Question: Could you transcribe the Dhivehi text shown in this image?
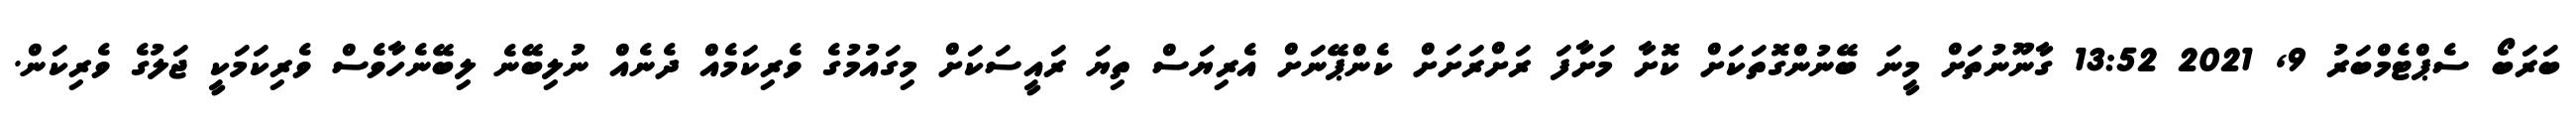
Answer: ބަރަބޯ ސެޕްޓެމްބަރު 9, 2021 13:52 ގާނޫނުތަށް މީނަ ބޭނުންގޮތަކަށް ކޮށާ މަށާފަ ރަށްރަށަށް ކެންޕޭނަށް އެރިޔަސް ތިޔަ ރައީސަކަށް މިގައުމުގެ ވެރިކަމެއް ދެނެއް ނުލިބޭނެ ލިބޭނެހާވެސް ވެރިކަމަކީ ޖަލުގެ ވެރިކަން.